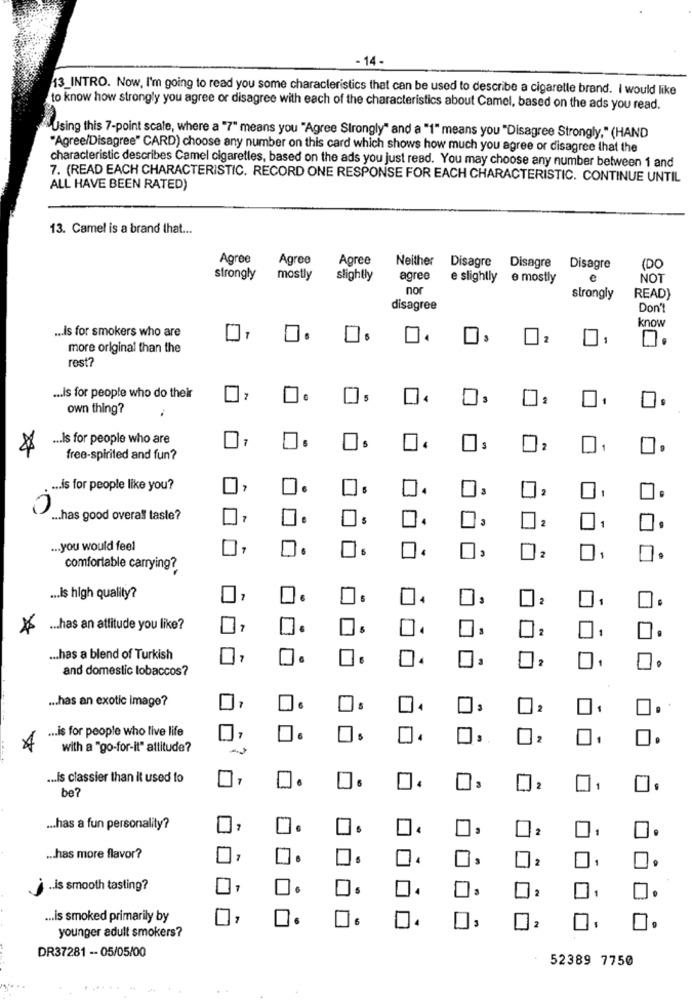
- 14 -
13_INTRO. Now, I'm going to read you some characteristics that can be used to describe a cigarelle brand. I would like
to know how strongly you agree or disagree with each of the characteristics about Camel, based on the ads you read.
Using this 7-point scale, where a "7" means you "Agree Strongly" and a "1" means you "Disagree Strongly," (HAND
"Agree/Disagree" CARD) choose any number on this card which shows how much you agree or disagree that the
characteristic describes Camel cigaretles, based on the ads you just read. You may choose any number between 1 and
7. (READ EACH CHARACTERISTIC. RECORD ONE RESPONSE FOR EACH CHARACTERISTIC. CONTINUE UNTIL
ALL HAVE BEEN RATED)
13. Camel is a brand that ...
Agroe
Agree
Agree
Neither Disagre Disagre Disagre
(DO
strongly
mostly
slightly
agree
e slightly e mostly
e
NOT
nor
strongly
READ)
disagree
Don't
know
... Is for smokers who are
2
O.
more original than the
rest?
... is for people who do their
own thing?
.
... Is for people who are
1.
free-spirited and fun?
.. is for people like you?
1.
3
.has good overall taste?
7
3
2
... you would feel
5
2
comfortable carrying?
... is high quality?
2
... has an attitude you like?
12
1
... has a blend of Turkish
10
and domestic tobaccos?
... has an exotic image?
... is for people who live life
4
2
with a "go-for-it" attitude?
... Is classier than it used to
be?
... has a fun personality?
2
... has more flavor?
7.
2
.. is smooth tasting?
11
.. is smoked primarily by
3
2
younger adult smokers?
DR37281 -- 05/05/00
52389 7750